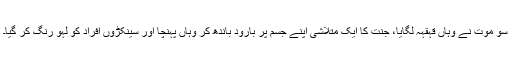
سو موت نے وہاں قہقہہ لگایا، جنت کا ایک متلاشی اپنے جسم پر بارود باندھ کر وہاں پہنچا اور سینکڑوں افراد کو لہو رنگ کر گیا۔